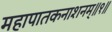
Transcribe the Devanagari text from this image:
महापातकनाशनम्‌॥१॥